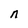
Character: n